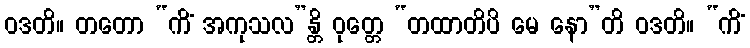
ဝဒတိ။ တတော “ကိံ အကုသလ”န္တိ ဝုတ္တေ “တထာတိပိ မေ နော”တိ ဝဒတိ။ “ကိံ